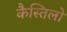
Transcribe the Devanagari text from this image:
कैस्तिलो